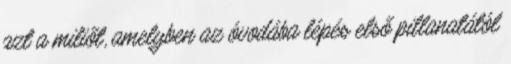
azt a miliőt, amelyben az óvodába lépés első pillanatától